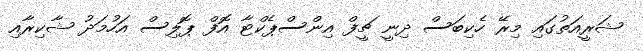
ޝަރީއަތުގައި މިރޭ ހެކިބަސް ދިނީ ޗީފް އިންސްޕެކްޓާ އޮފް ޕޮލިސް އަހުމަދު ޝާކިރާއި